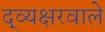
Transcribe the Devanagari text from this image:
द्व्यक्षरवाले